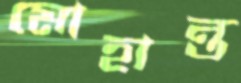
মোহান্ত